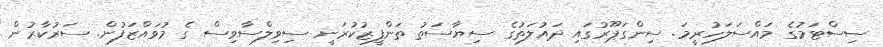
ސިސްޓަމުގެ މައްސަލަހުރީމަ. ސިންގަޕޫރުގައި ދައުލަތުގެ ސިޔާސަތު ތަންފީޒުކުރަނީ ސިވިލްސާވިސް ގެ މުވައްޒަފުން. ސަރުކާރުން